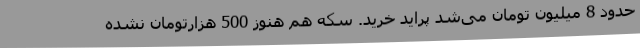
حدود 8 میلیون تومان می‌شد پراید خرید. سکه هم هنوز 500 هزارتومان نشده